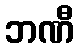
ဘဏီ